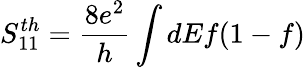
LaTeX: S_{11}^{th}=\frac{8e^{2}}{h}\int dEf(1-f)